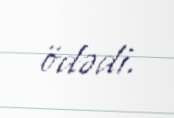
ödədi.